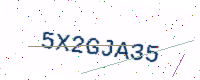
Text: 5X2GJA35